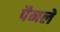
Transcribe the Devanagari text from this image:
पैनलें